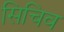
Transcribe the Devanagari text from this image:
सिचिव